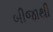
બીજાથી